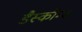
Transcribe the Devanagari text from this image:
डैस्कौम्ब